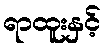
ရာထူးနှင့်